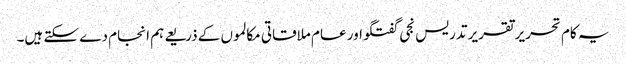
یہ کام تحریر تقریر تدریس نجی گفتگو اور عام ملاقاتی مکالموں کے ذریعے ہم انجام دے سکتے ہیں۔